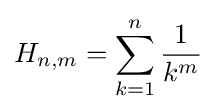
H_{n,m}=\sum _{k=1}^{n}{\frac {1}{k^{m}}}